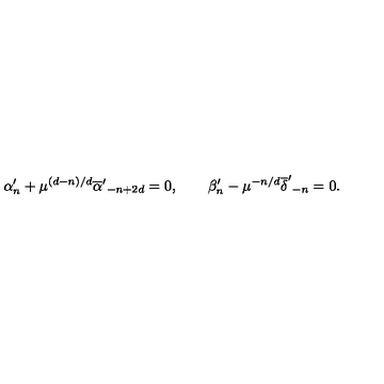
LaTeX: \alpha _ { n } ^ { \prime } + \mu ^ { ( d - n ) / d } { \overline { \alpha } ^ { \prime } } _ { - n + 2 d } = 0 , \qquad \beta _ { n } ^ { \prime } - \mu ^ { - n / d } { \overline { \delta } ^ { \prime } } _ { - n } = 0 .